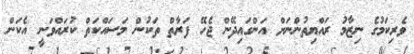
ވެރިކަމުގެ ނިޒާމު ރައްޔިތުންނަށް އަންގައިދޭން ޖެހޭ ފަރާތް ތަކުން މަސައްކަތް ކުރައްވަނީ އެކަން